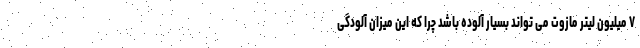
۷ میلیون لیتر مازوت می تواند بسیار آلوده باشد چرا که این میزان آلودگی